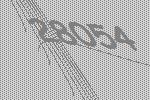
28054